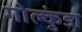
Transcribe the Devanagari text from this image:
गोल्कुंडा